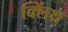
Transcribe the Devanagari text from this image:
क्लिंथ